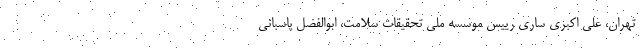
تهران، علی اکبری ساری رییس موسسه ملی تحقیقات سلامت، ابوالفضل پاسبانی